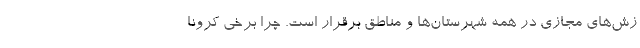
زش‌های مجازی در همه شهرستان‌ها و مناطق برقرار است. چرا برخی کرونا